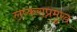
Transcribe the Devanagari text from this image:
लष्कराप्रमुख